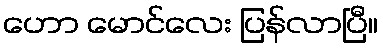
ဟော မောင်လေး ပြန်လာပြီ။